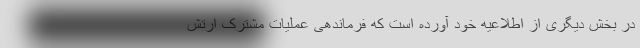
در بخش دیگری از اطلاعیه خود آورده است که فرماندهی عملیات مشترک ارتش